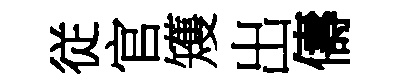
従官矱出儔